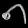
Digit: ၈